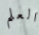
العلم